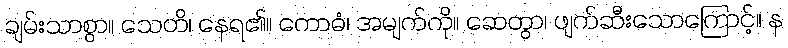
ချမ်းသာစွာ။ သေတိ၊ နေရ၏။ ကောဓံ၊ အမျက်ကို။ ဆေတွာ၊ ဖျက်ဆီးသောကြောင့်။ န